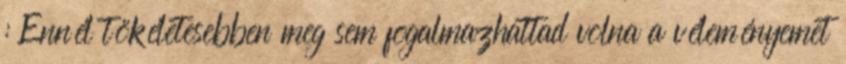
: Ennél tökéletesebben meg sem fogalmazhattad volna a véleményemet